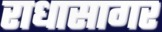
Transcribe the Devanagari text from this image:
राधासागर